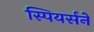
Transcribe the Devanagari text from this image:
स्पियर्सने